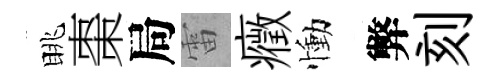
眺棗局雷癥慟弊刻